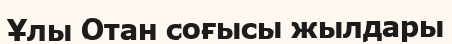
Ұлы Отан соғысы жылдары